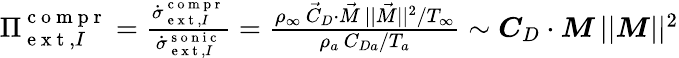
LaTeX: \begin{array}{r}{{\Pi}_{\mathrm{~e~x~t~},I}^{\mathrm{~c~o~m~p~r~}}=\frac{\dot{{\sigma}}_{\mathrm{~e~x~t~},I}^{\mathrm{~c~o~m~p~r~}}}{\dot{\sigma}_{\mathrm{~e~x~t~},I}^{\mathrm{~s~o~n~i~c~}}}=\frac{\rho_{\infty}\, \vec{C}_{D}\cdot\vec{M}\, ||\vec{M}||^{2}/T_{\infty}}{\rho_{a}\, {C}_{Da}/T_{a}}\sim\boldsymbol{C}_{D}\cdot\boldsymbol{M}\, ||\boldsymbol{M}||^{2}}\end{array}